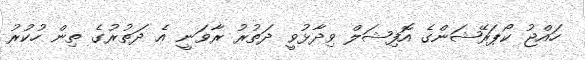
ހައްޖު ކޯޕަރޭޝަންގެ އޮފިޝަލް ވިދާޅުވީ ދަތުރު ރާވަނީ އެ ދަތުރުގެ ތިން ހުކުރު